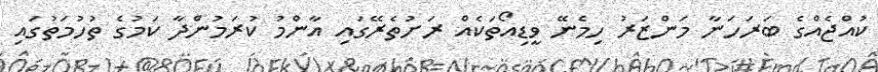
ކުއްޖެއްގެ ބަރަހަނާ މަންޒަރު ހިމެނޭ ވީޑިއޯތަކެއް ރަށުތެރޭގައި އާންމު ކުރަމުންދާ ކަމުގެ ތުހުމަތުގައި